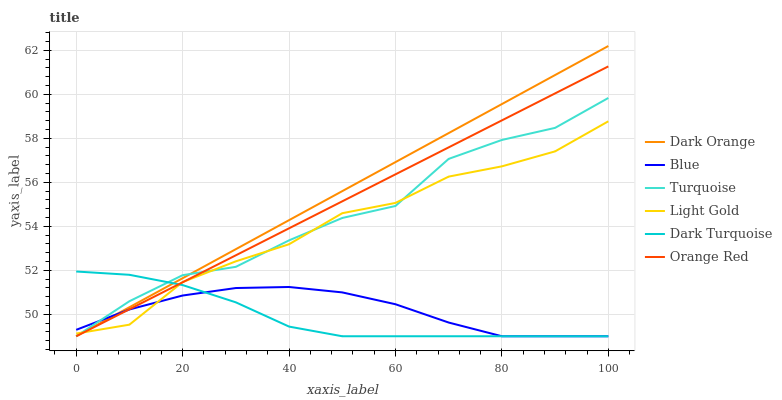
| xaxis_label | Dark Orange | Blue | Turquoise | Light Gold | Dark Turquoise | Orange Red |
 | --- | --- | --- | --- | --- | --- | --- |
 | 0 | 49 | 49.3 | 49 | 49.1 | 51.9 | 49 |
 | 10 | 50.3 | 50.2 | 50.6 | 49.5 | 51.8 | 50.2 |
 | 20 | 51.6 | 50.9 | 51.8 | 51.5 | 51.3 | 51.5 |
 | 30 | 53 | 51.2 | 52.2 | 52.4 | 50.5 | 52.7 |
 | 40 | 54.3 | 51.2 | 53.4 | 53.2 | 49.4 | 53.9 |
 | 50 | 55.6 | 51 | 54.4 | 54.6 | 49 | 55.1 |
 | 60 | 56.9 | 50.5 | 54.9 | 55.1 | 49 | 56.4 |
 | 70 | 58.2 | 49.6 | 57.1 | 56.3 | 49 | 57.6 |
 | 80 | 59.6 | 49 | 57.9 | 56.7 | 49 | 58.8 |
 | 90 | 60.9 | 49 | 58.5 | 57.4 | 49 | 60 |
 | 100 | 62.2 | 49 | 59.8 | 58.8 | 49 | 61.3 |